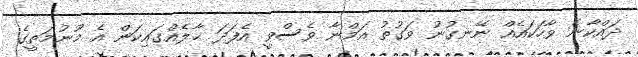
ދައްކާނެ ވާހަކައެއް ނޭނގުނު ވަގުތު އަމްނާ ވެސްވީ އެފަދަ ޙާލެއްގައިކަން އެ މޫނުމަތީގެ